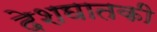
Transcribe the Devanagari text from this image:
देशघातकी